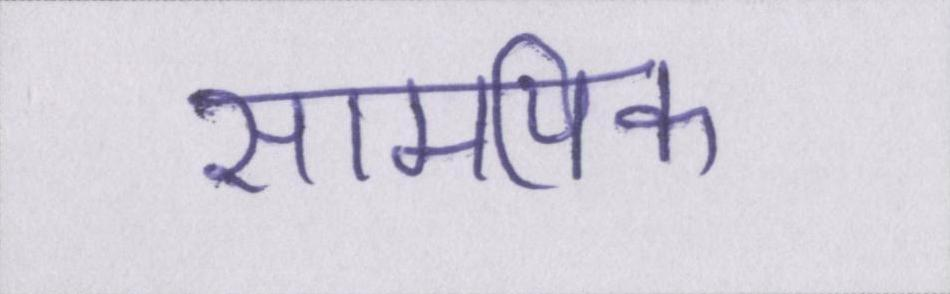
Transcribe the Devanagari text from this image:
सामयिक